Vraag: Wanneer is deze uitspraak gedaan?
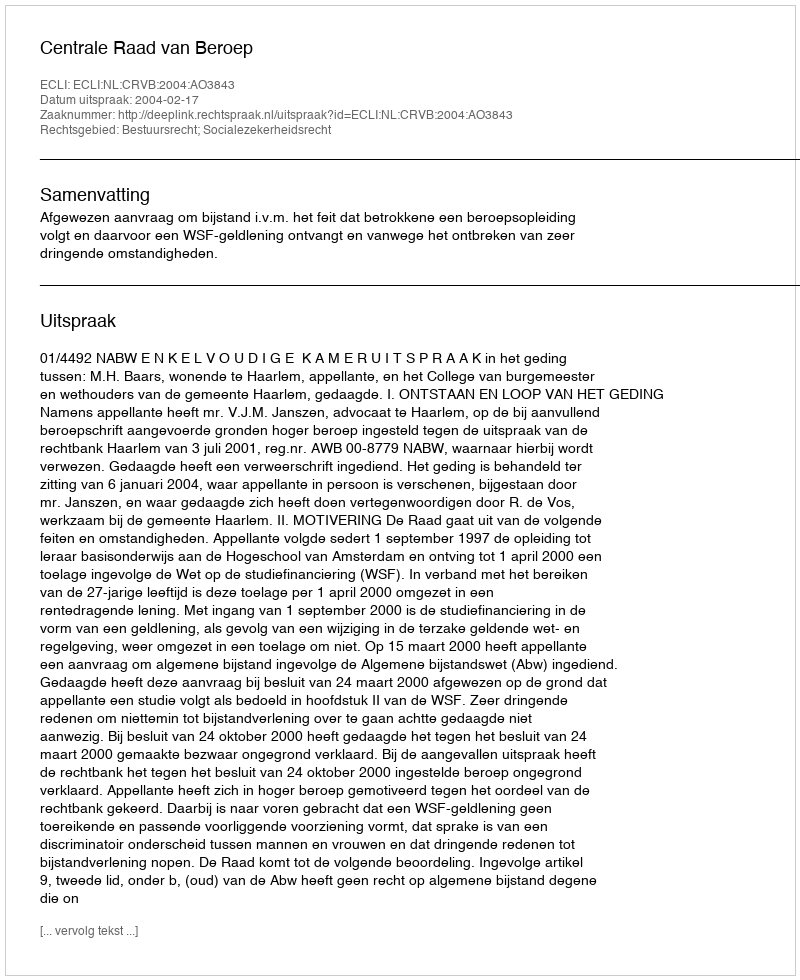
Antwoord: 2004-02-17